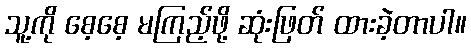
သူ့ကို စေ့စေ့ မကြည့်ဖို့ ဆုံးဖြတ် ထားခဲ့တာပါ။